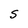
Character: S